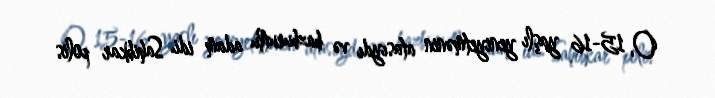
O, 15-16 yaşlı yeniyetmənin atasıydı və bazburutlu adam idi. Sahibkar polis